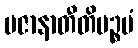
ပဇာနာတီတိပဉ္စမံ